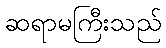
ဆရာမကြီးသည်